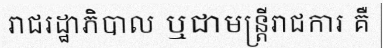
រាជរដ្ឋាភិបាល ឬជាមន្ត្រីរាជការ គឺ